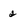
Character: 2